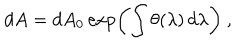
LaTeX: d A = d A _ { 0 } \exp \left( \int \theta ( \lambda ) \, d \lambda \right) \ ,